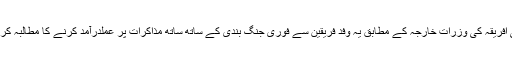
جنوبی افریقہ کی وزراتِ خارجہ کے مطابق یہ وفد فریقین سے فوری جنگ بندی کے ساتھ ساتھ مذاکرات پر عملدرآمد کرنے کا مطالبہ کرے گا۔